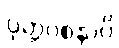
ဝုတ္တဝစနာပိ